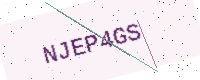
Text: NJEP4GS